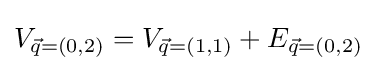
V_{{\vec {q}}=(0,2)}=V_{{\vec {q}}=(1,1)}+E_{{\vec {q}}=(0,2)}